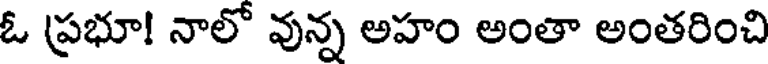
ఓ ప్రభూ! నాలో వున్న అహం అంతా అంతరించి